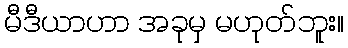
မီဒီယာဟာ အခုမှ မဟုတ်ဘူး။